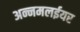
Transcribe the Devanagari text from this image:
अन्नमलईयर